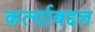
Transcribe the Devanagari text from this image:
कर्त्याबद्दल